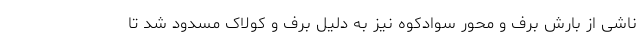
ناشی از بارش برف و محور سوادکوه نیز به دلیل برف و کولاک مسدود شد تا